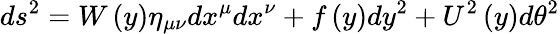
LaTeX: ds^{2}=W\left(y\right)\eta_{\mu\nu}dx^{\mu}dx^{\nu}+f\left(y\right)dy^{2}+U^{2}\left(y\right)d\theta^{2}